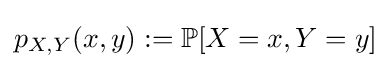
p_{X,Y}(x,y):=\mathbb {P} [X=x,Y=y]